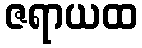
ဇရာယထ